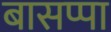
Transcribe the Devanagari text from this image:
बासप्पा